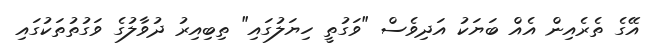
އޭގެ ތެރެއިން އެއް ބަޔަކު އަދިވެސް "ވަގުތީ ހިޔަލުގައި" ތިބިއިރު ދުވާލުގެ ވަގުތުތަކުގައި